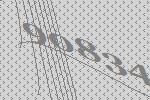
90834